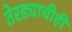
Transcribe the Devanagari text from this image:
तेरड्याचीही